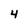
Character: 4